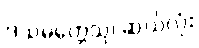
ဒသမတ္တေသု၊ ဆယ်လုံး